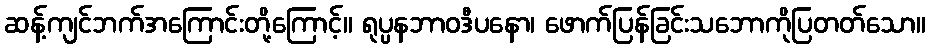
ဆန့်ကျင်ဘက်အကြောင်းတို့ကြောင့်။ ရုပ္ပနဘာဝဒီပနော၊ ဖောက်ပြန်ခြင်းသဘောကိုပြတတ်သော။